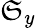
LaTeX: \mathfrak{S}_{y}